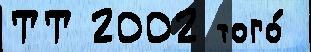
ТТ 2002 того́